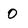
Character: 0